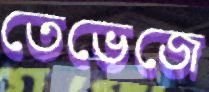
তেভেজে